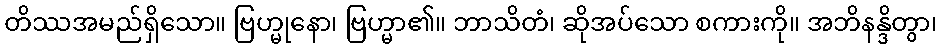
တိဿအမည်ရှိသော။ ဗြဟ္မုနော၊ ဗြဟ္မာ၏။ ဘာသိတံ၊ ဆိုအပ်သော စကားကို။ အဘိနန္ဒိတွာ၊